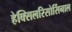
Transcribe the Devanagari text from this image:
हेक्सिलरिसोर्सिनाल